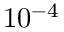
1 0 ^ { - 4 }